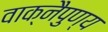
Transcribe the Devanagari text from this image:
वाक्‌नैपुण्य